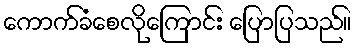
ကောက်ခံစေလိုကြောင်း ပြောပြသည်။